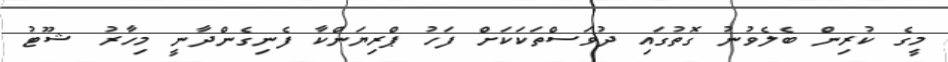
މީގެ ކުރިން ބެލެވުނު ގޮތުގައި ދުވަސްތަކަކަށް ފަހު ޕްރިޔަންކާ ފެނިގެންދާނީ މިހާރު ޝޫޓު